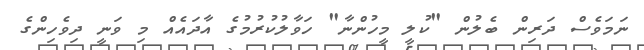
ނަމަވެސް ދަރިން ބެލުން "ކުލީ މީހުންނާ" ހަވާލުކުރުމުގެ އާދައެއް މި ވަނީ ދިވެހިންގެ